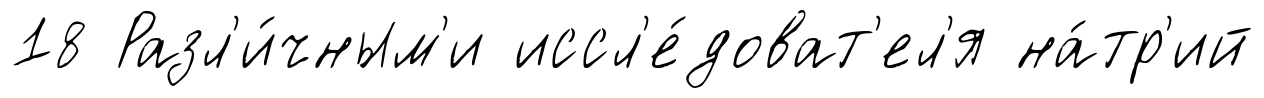
18 Разл'и́чным'и иссл'е́доват'ел'я на́тр'ий